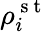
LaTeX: \rho_{i}^{\mathrm{~s~t~}}